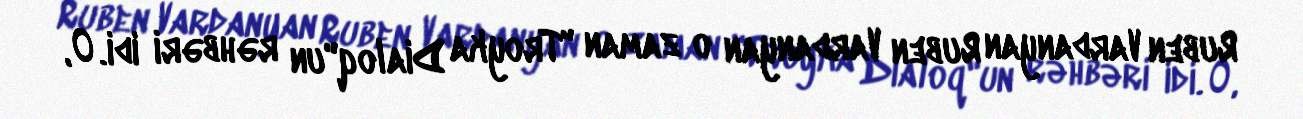
Ruben Vardanyan Ruben Vardanyan o zaman "Troyka Dialoq"un rəhbəri idi. O,